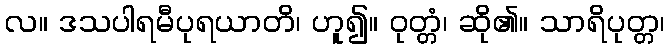
လ။ ဒသပါရမီပုရယာတိ၊ ဟူ၍။ ဝုတ္တံ၊ ဆို၏။ သာရိပုတ္တ၊